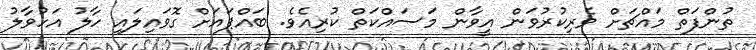
ތުންފަތް މައްޗަށް ވެރިކުރުވަން އީވާން މަސައްކަތް ކުރިއެވެ. ބައްޕައަށް ގޮވައިލައި ހާލު އަހުވާލު